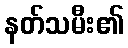
နတ်သမီး၏